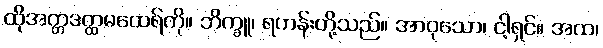
ထိုအတ္တဒတ္ထမထေရ်ကို။ ဘိက္ခူ၊ ရဟန်းတို့သည်။ အာဝုသော၊ ငါ့ရှင်။ အထ၊